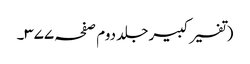
(تفسیر کبیر جلد دوم صفحہ ۳۷۷۔